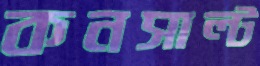
কনসাল্ট